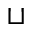
\sqcup